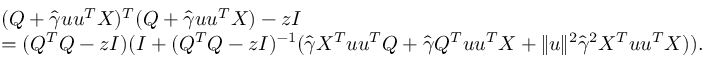
\begin{array} { r l } & { ( Q + \widehat \gamma { \boldsymbol u } { \boldsymbol u } ^ { T } X ) ^ { T } ( Q + \widehat \gamma { \boldsymbol u } { \boldsymbol u } ^ { T } X ) - z I } \\ & { = ( Q ^ { T } Q - z I ) ( I + ( Q ^ { T } Q - z I ) ^ { - 1 } ( \widehat \gamma X ^ { T } { \boldsymbol u } { \boldsymbol u } ^ { T } Q + \widehat \gamma Q ^ { T } { \boldsymbol u } { \boldsymbol u } ^ { T } X + \| { \boldsymbol u } \| ^ { 2 } \widehat \gamma ^ { 2 } X ^ { T } { \boldsymbol u } { \boldsymbol u } ^ { T } X ) ) . } \end{array}